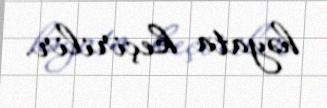
həyata keçirilir.